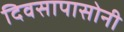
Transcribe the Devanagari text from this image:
दिवसापासोनी